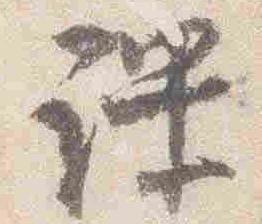
課